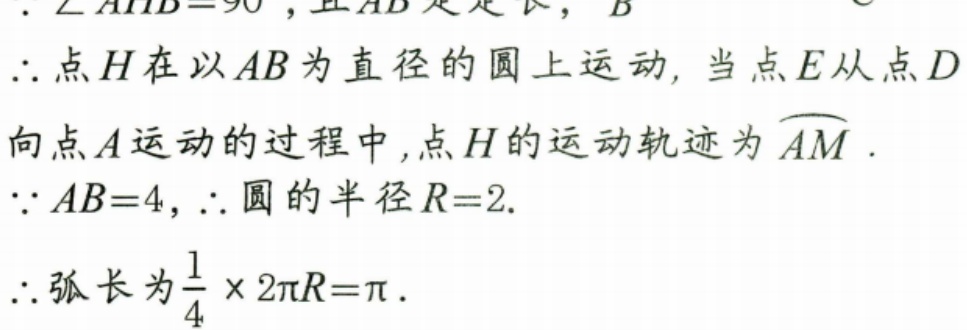
\(\therefore\angle AHB = 90^{\circ}\), 且 \(AB\) 是定长，
\(\therefore\) 点 \(H\) 在以 \(AB\) 为直径的圆上运动, 当点 \(E\) 从点 \(D\)
向点 \(A\) 运动的过程中, 点 \(H\) 的运动轨迹为 \(\overset{\frown}{AM}\).
\(\because AB = 4\), \(\therefore\) 圆的半径 \(R = 2\).
\(\therefore\) 弧长为 \(\frac{1}{4}\times2\pi R=\pi\).